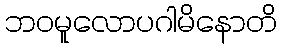
ဘဝမူလောပဂါမိနောတိ